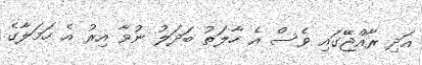
އަދި ރާއްޖޭގައި ވެސް އެ ހާލަތު ބަދަލު ނުވާ އިރު އެ ހަމަލާގެ